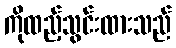
ကိုထည့်သွင်းထားသည်